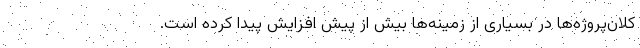
کلان‌پروژه‌ها در بسیاری از زمینه‌ها بیش از پیش افزایش پیدا کرده است.